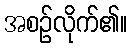
အစဉ်လိုက်၏။